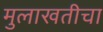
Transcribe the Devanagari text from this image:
मुलाखतीचा